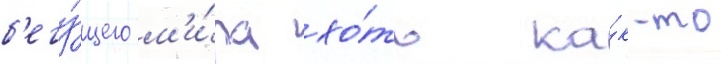
б'егу́щего м'и́ра хо́ть ка́к-то